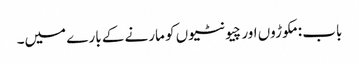
باب : مکوڑوں اور چیونٹیوں کو مارنے کے بارے میں۔